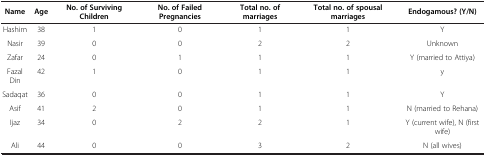
| Name | Age | No. of Surviving Children | No. of Failed Pregnancies | Total no. of marriages | Total no. of spousal marriages | Endogamous? (Y/N) |
 | --- | --- | --- | --- | --- | --- | --- |
 | Hashim | 38 | 1 | 0 | 1 | 1 | Y |
 | Nasir | 39 | 0 | 0 | 2 | 2 | Unknown |
 | Zafar | 24 | 0 | 1 | 1 | 1 | Y (married to Attiya) |
 | Fazal Din | 42 | 1 | 0 | 1 | 1 | y |
 | Sadaqat | 36 | 0 | 0 | 1 | 1 | Y |
 | Asif | 41 | 2 | 0 | 1 | 1 | N (married to Rehana) |
 | Ijaz | 34 | 0 | 2 | 2 | 1 | Y (current wife), N (first wife) |
 | Ali | 44 | 0 | 0 | 3 | 2 | N (all wives) |